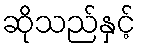
ဆိုသည်နှင့်